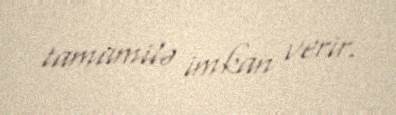
tamamilə imkan verir.